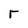
Character: r